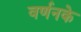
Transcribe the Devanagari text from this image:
वर्णनके